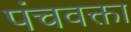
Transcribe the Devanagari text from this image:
पंचवक्ता